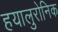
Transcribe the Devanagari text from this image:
हयालुरोनिक